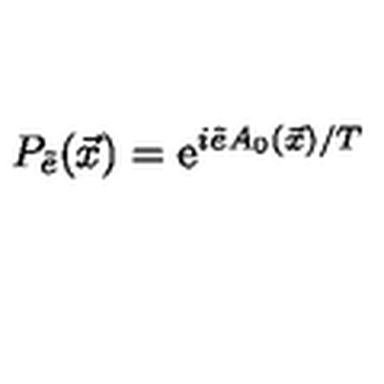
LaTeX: P _ { \tilde { e } } ( \vec { x } ) = \mathrm { e } ^ { i \tilde { e } A _ { 0 } ( \vec { x } ) / T }